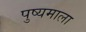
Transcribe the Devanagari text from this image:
पुष्यमाला